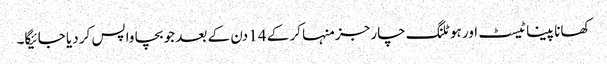
کھانا پینا ٹیسٹ اور ہوٹلنگ چارجز منہا کر کے 14 دن کے بعد جو بچا واپس کر دیا جائیگا۔